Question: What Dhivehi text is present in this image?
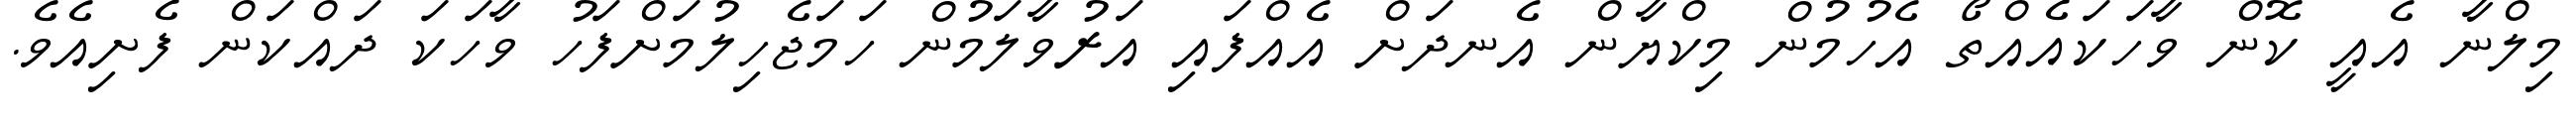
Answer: މިލްނާ އެއީ ކޮން ވާހަކައެއްތޯ އެހުމުން މިކްޔާން އެނދަށް އެއްފައި އަރުވާލަމުން ހަމަޖެހިލުމަށްފަހު ވާހަކަ ދައްކަން ފެށިއެވެ.